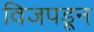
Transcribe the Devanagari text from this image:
विजपडून